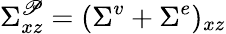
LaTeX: \Sigma_{xz}^{\mathscr{P}}=(\Sigma^{v}+\Sigma^{e})_{xz}